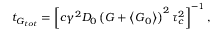
t _ { G _ { t o t } } = \left[ c \gamma ^ { 2 } D _ { 0 } \left( \boldsymbol { G } + \left\langle \boldsymbol { G } _ { 0 } \right\rangle \right) ^ { 2 } \tau _ { c } ^ { 2 } \right] ^ { - 1 } ,